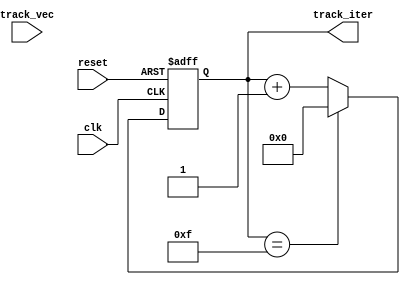
module track_iterator (
	input clk, 
	input reset,
    input [15:0] track_vec, 
    output reg [3:0] track_iter
);

    reg [3:0] next_track_iter = 0;

	always @(posedge clk, posedge reset) begin
        if (reset) begin
            track_iter <= 0;
        end else begin
            track_iter <= next_track_iter;
        end
    end

    always @* begin
        if (track_iter == 15) next_track_iter = 0;
        else next_track_iter = track_iter+1;
    end


endmodule